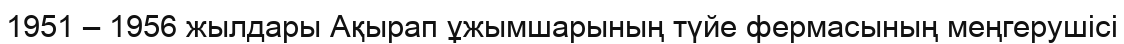
1951 – 1956 жылдары Ақырап ұжымшарының түйе фермасының меңгерушісі